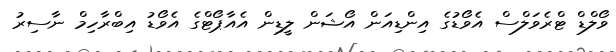
ވޯލްޑް ޓްރެވަލްސް އެވޯޑުގެ އިންޑިއަން އޯޝަން ލީޑިން އެއާޕޯޓްގެ އެވޯޑު އިބްރާހިމް ނާސިރު